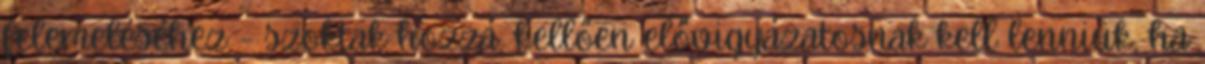
felemeléséhez - szoktak hozzá, kellően elővigyázatosnak kell lenniük, ha